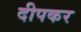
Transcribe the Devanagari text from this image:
दीपकर